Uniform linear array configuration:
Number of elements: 64
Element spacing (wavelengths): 0.5
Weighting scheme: hann
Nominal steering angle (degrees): -45
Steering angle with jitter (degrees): -46.015
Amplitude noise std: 0.05
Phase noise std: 0.05

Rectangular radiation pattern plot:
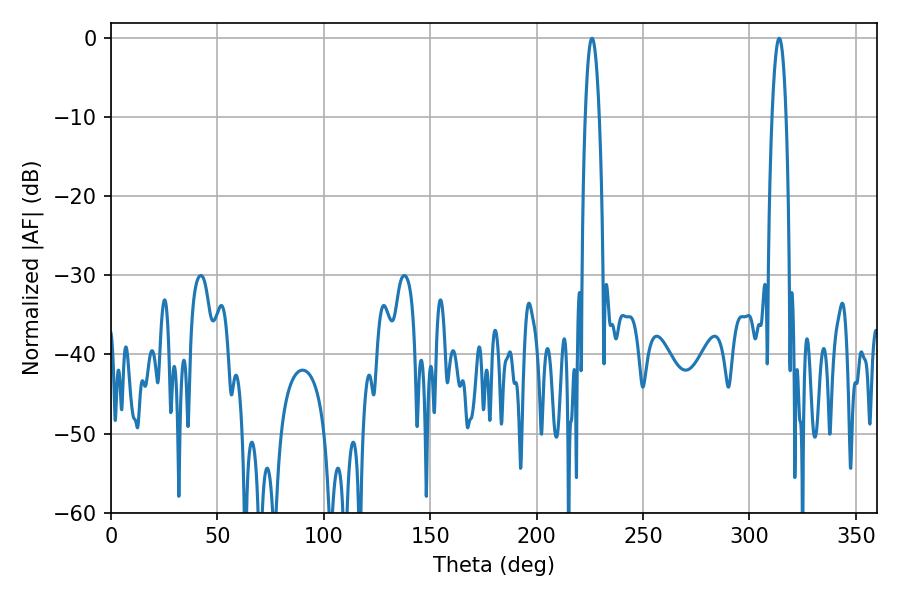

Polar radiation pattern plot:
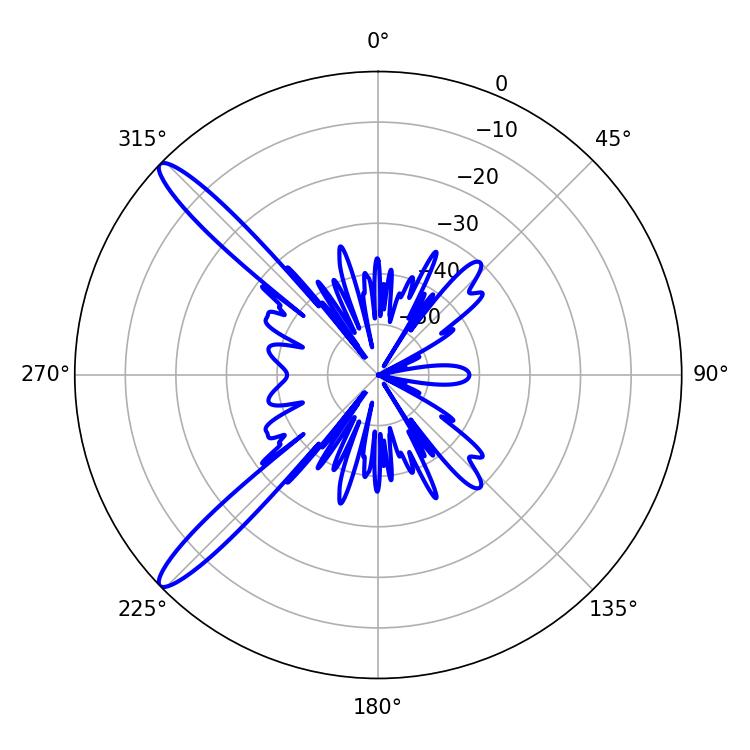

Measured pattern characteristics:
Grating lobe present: FALSE
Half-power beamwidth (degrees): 3.6
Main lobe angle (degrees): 313.92